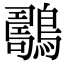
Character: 𪆇